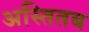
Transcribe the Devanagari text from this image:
अस्तितब